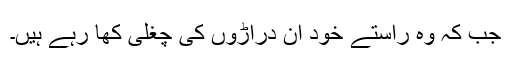
جب کہ وہ راستے خود اُن دراڑوں کی چغلی کھا رہے ہیں۔